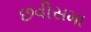
છવીસમા